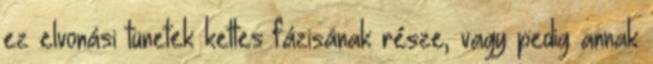
ez elvonási tünetek kettes fázisának része, vagy pedig annak